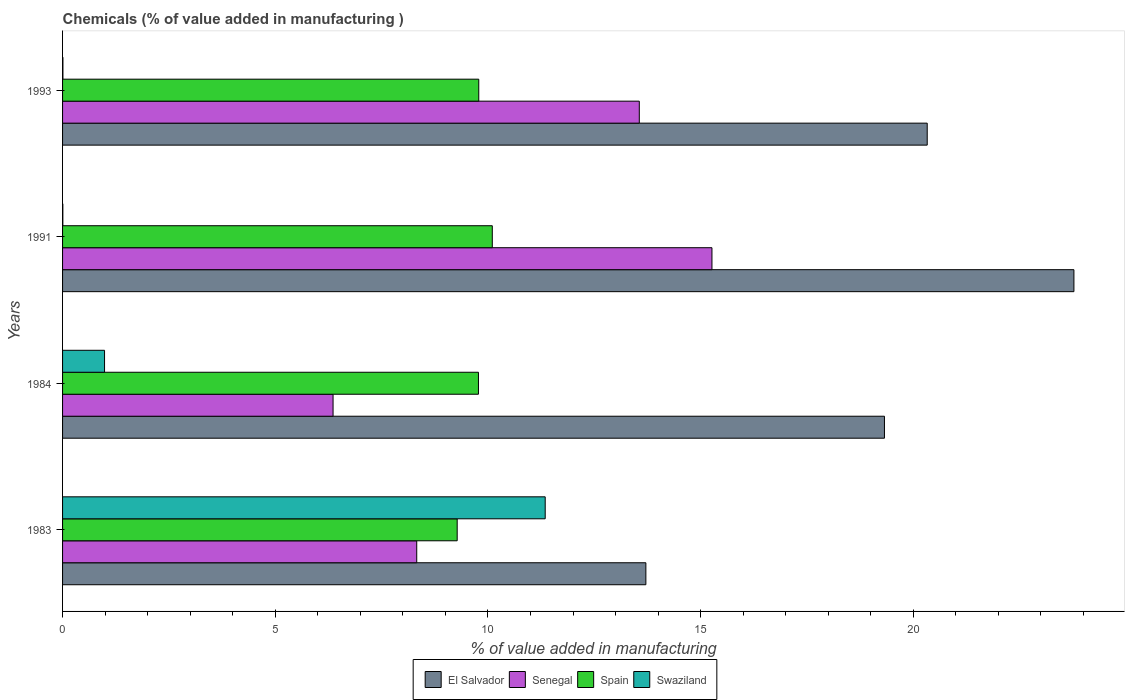
| Years | El Salvador | Senegal | Spain | Swaziland |
 | --- | --- | --- | --- | --- |
 | 1983 | 13.7 | 8.33 | 9.28 | 11.3 |
 | 1984 | 19.3 | 6.36 | 9.78 | 0.987 |
 | 1991 | 23.8 | 15.3 | 10.1 | 0.00651 |
 | 1993 | 20.3 | 13.6 | 9.78 | 0.0083 |